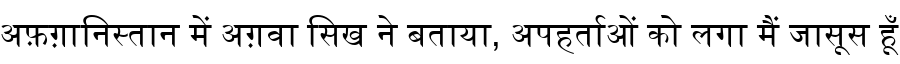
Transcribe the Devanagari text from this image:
अफ़ग़ानिस्तान में अग़वा सिख ने बताया, अपहर्ताओं को लगा मैं जासूस हूँ